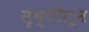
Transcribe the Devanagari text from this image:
सृष्टीतून